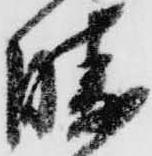
勝